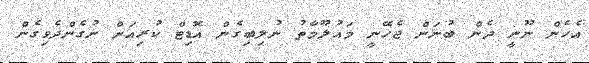
އެހެން ނޫނީ ދެން ބުނަން ޖެހޭނީ މައުލޫމާތު ނުލިބިގެން އޮޑިޓް ކުރިއަށް ނުގެންދެވިގެން